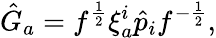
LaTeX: \hat{G}_{a}=f^{\frac{1}{2}}\xi_{a}^{i}\hat{p}_{i}f^{-{\frac{1}{2}}},